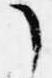
了